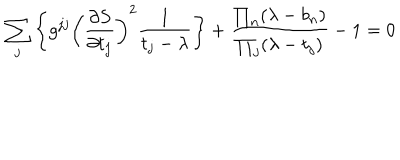
\sum _ { j } \left\{ g ^ { j j } \left( { \frac { \partial S } { \partial t _ { j } } } \right) ^ { 2 } { \frac { 1 } { t _ { j } - \lambda } } \right\} + { \frac { \prod _ { n } ( \lambda - b _ { n } ) } { \prod _ { j } ( \lambda - t _ { j } ) } } - 1 = 0